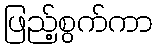
ဖြည့်စွက်ကာ